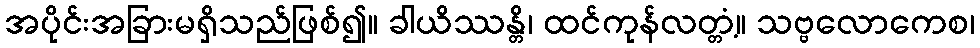
အပိုင်းအခြားမရှိသည်ဖြစ်၍။ ခါယိဿန္တိ၊ ထင်ကုန်လတ္တံ့။ သဗ္ဗလောကေစ၊